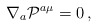
\begin{align*}\nabla_a {\cal P}^{a\mu} = 0\,,\end{align*}